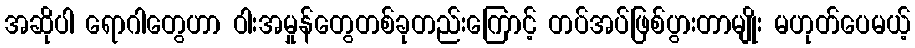
အဆိုပါ ရောဂါတွေဟာ ဝါးအမှုန်တွေတစ်ခုတည်းကြောင့် တပ်အပ်ဖြစ်ပွားတာမျိုး မဟုတ်ပေမယ့်